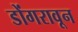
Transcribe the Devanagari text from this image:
डोंगरावून